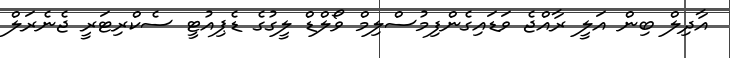
އާދިލް ބިން އަލީ ރާއްޖެ ވަޑައިގެންފިމުސްލިމް ވޯލްޑް ލީގުގެ ޑެޕިއުޓީ ސެކްރިޓަރީ ޖެނެރަލް